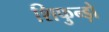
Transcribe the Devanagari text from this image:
शिफुन्ड़ो